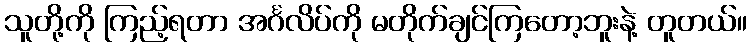
သူတို့ကို ကြည့်ရတာ အင်္ဂလိပ်ကို မတိုက်ချင်ကြတော့ဘူးနဲ့ တူတယ်။